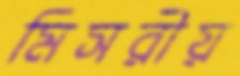
মিসরীয়